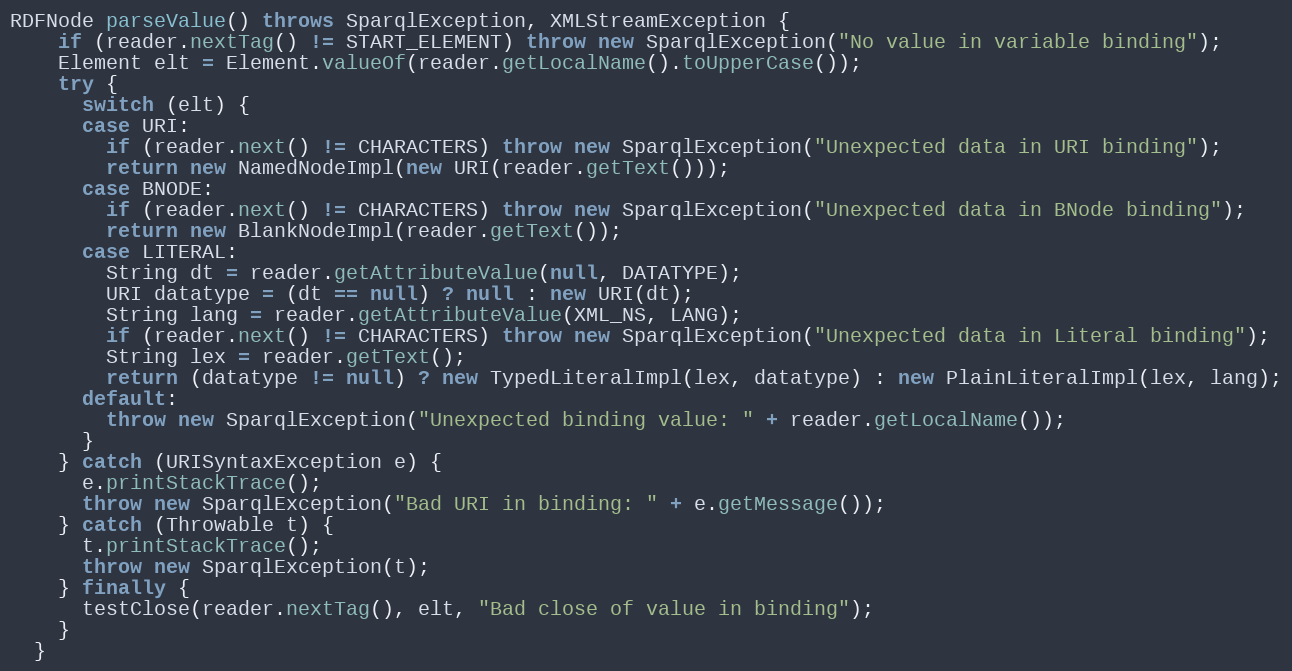
Language: Java
RDFNode parseValue() throws SparqlException, XMLStreamException {
    if (reader.nextTag() != START_ELEMENT) throw new SparqlException("No value in variable binding");
    Element elt = Element.valueOf(reader.getLocalName().toUpperCase());
    try {
      switch (elt) {
      case URI:
        if (reader.next() != CHARACTERS) throw new SparqlException("Unexpected data in URI binding");
        return new NamedNodeImpl(new URI(reader.getText()));
      case BNODE:
        if (reader.next() != CHARACTERS) throw new SparqlException("Unexpected data in BNode binding");
        return new BlankNodeImpl(reader.getText());
      case LITERAL:
        String dt = reader.getAttributeValue(null, DATATYPE);
        URI datatype = (dt == null) ? null : new URI(dt);
        String lang = reader.getAttributeValue(XML_NS, LANG);
        if (reader.next() != CHARACTERS) throw new SparqlException("Unexpected data in Literal binding");
        String lex = reader.getText();
        return (datatype != null) ? new TypedLiteralImpl(lex, datatype) : new PlainLiteralImpl(lex, lang);
      default:
        throw new SparqlException("Unexpected binding value: " + reader.getLocalName());
      }
    } catch (URISyntaxException e) {
      e.printStackTrace();
      throw new SparqlException("Bad URI in binding: " + e.getMessage());
    } catch (Throwable t) {
      t.printStackTrace();
      throw new SparqlException(t);
    } finally {
      testClose(reader.nextTag(), elt, "Bad close of value in binding");
    }
  }